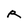
Character: R